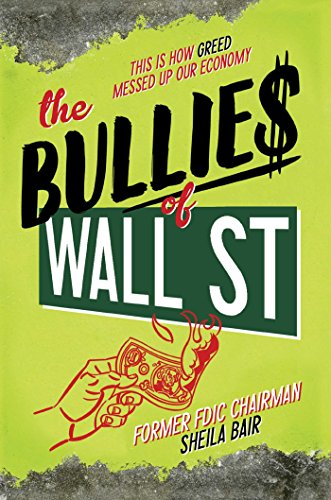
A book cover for The Bullies of Wall Street: This Is How Greed Messed Up Our Economy; Sheila Bair; Teen & Young Adult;